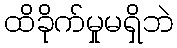
ထိခိုက်မှုမရှိဘဲ